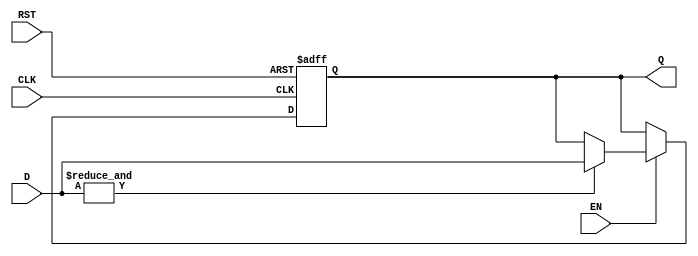
module barrier_register #(
    parameter N = 4 // Number of data inputs
)(
    input wire [N-1:0] D,      // Data inputs
    input wire EN,              // Enable signal
    input wire CLK,             // Clock signal
    input wire RST,             // Asynchronous reset
    output reg [N-1:0] Q        // Synchronized output
);

// Asynchronous reset
always @(posedge CLK or posedge RST) begin
    if (RST) begin
        Q <= {N{1'b0}}; // Reset output to known state (usually zero)
    end else if (EN) begin
        // Check if all inputs are valid (not in reset state)
        if (&D) begin // All bits of D are 1 (valid)
            Q <= D; // Update output with current input
        end
        // If not all inputs are valid, retain previous value of Q
    end
end

endmodule